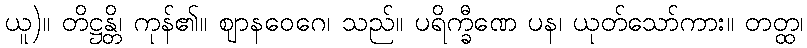
ယူ)။ တိဋ္ဌန္တိ၊ ကုန်၏။ ဈာနဝေဂေ၊ သည်။ ပရိက္ခီဏေ ပန၊ ယုတ်သော်ကား။ တတ္ထ၊